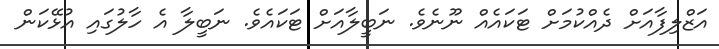
އަޒްލިފާއަށް ދެއްކުމަށް ޓަކައެއް ނޫނެވެ. ނަބީލާއަށް ޓަކައެވެ. ނަބީލާ އެ ހާލުގައި އުޅޭކަން